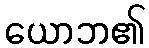
ယောဘ၏